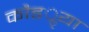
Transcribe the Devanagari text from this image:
कौडॢया